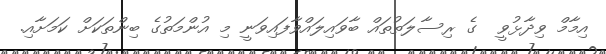
އިމާމް ވިދާޅުވީ  ގެ ރިސާލަތުތައް ބާވައިލައްވާފައިވަނީ މި އުންމަތުގެ ބިންތަކަށް ކަމަށާއި.